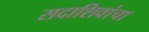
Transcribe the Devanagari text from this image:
सदाशिवांचा